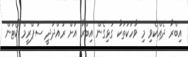
އިބްރާ ދެއްކެވި މި ވާހަކަތަކާ ގުޅިގެން އިބްރާ އަށް ރައްދުދީ ސުޕްރީމް ކޯޓުން